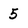
Character: 5